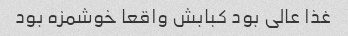
غذا عالی بود کبابش واقعا خوشمزه بود